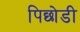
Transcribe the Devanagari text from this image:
पिछोडी